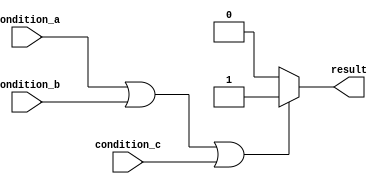
module behavioral_block (
    input wire condition_a,
    input wire condition_b,
    input wire condition_c,
    output reg result
);

always @* begin
    if (condition_a || condition_b || condition_c) begin
        result <= 1'b1; // Execute this block of code if any of the conditions are true
    end else begin
        result <= 1'b0; // Execute this block of code if none of the conditions are true
    end
end

endmodule